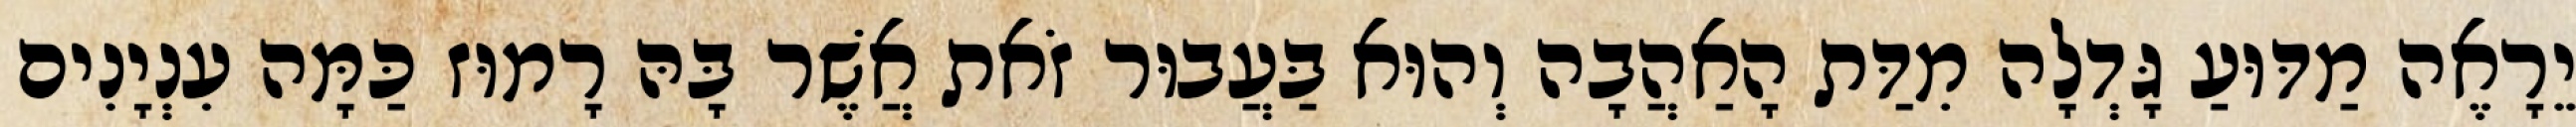
יֵרָאֶה מַדּוּעַ גָּדְלָה מִדַּת הָאַהֲבָה וְהוּא בַּעֲבוּר זֹאת אֲשֶׁר בָּהּ רָמוּז כַּמָּה עִנְיָנִים